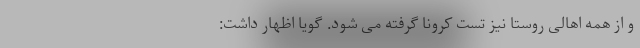
و از همه اهالی روستا نیز تست کرونا گرفته می شود. گویا اظهار داشت: